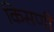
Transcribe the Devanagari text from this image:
किसणी